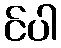
င်ပါ